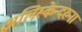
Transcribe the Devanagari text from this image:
अलिस्केन्दरुना